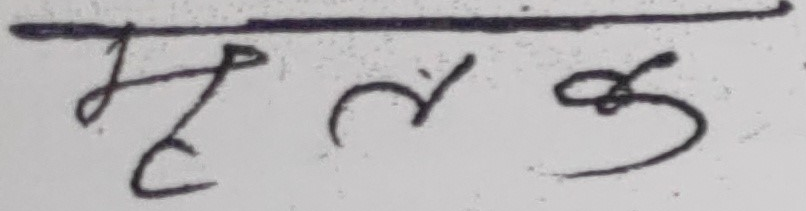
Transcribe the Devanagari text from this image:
मृतक